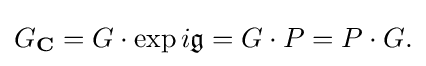
\displaystyle {G_{\mathbf {C} }=G\cdot \exp i{\mathfrak {g}}=G\cdot P=P\cdot G.}